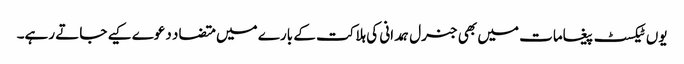
یوں ٹیکسٹ پیغامات میں بھی جنرل ہمدانی کی ہلاکت کے بارے میں متضاد دعوے کیے جاتے رہے۔